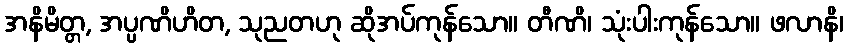
အနိမိတ္တ, အပ္ပဏိဟိတ, သုညတဟု ဆိုအပ်ကုန်သော။ တီဏိ၊ သုံးပါးကုန်သော။ ဖလာနိ၊